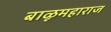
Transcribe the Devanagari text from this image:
बाळूमहाराज